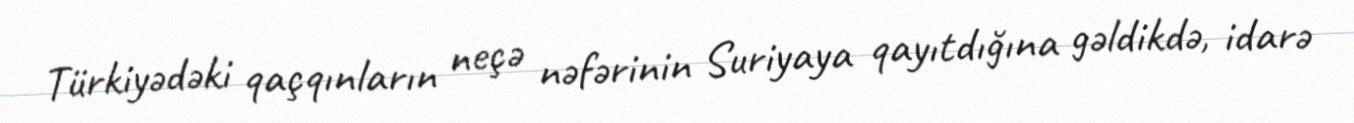
Türkiyədəki qaçqınların neçə nəfərinin Suriyaya qayıtdığına gəldikdə, idarə